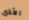
الأذى